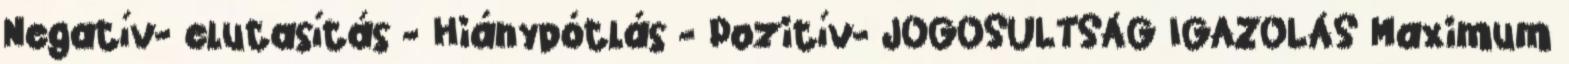
Negatív- elutasítás - Hiánypótlás - Pozitív- JOGOSULTSÁG IGAZOLÁS Maximum